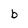
Character: b